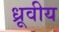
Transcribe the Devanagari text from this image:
ध्रूवीय